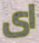
اى